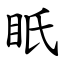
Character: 眂